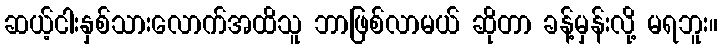
ဆယ့်ငါးနှစ်သားလောက်အထိသူ ဘာဖြစ်လာမယ် ဆိုတာ ခန့်မှန်းလို့ မရဘူး။